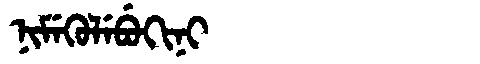
Manchu: ᠨᡳᠮᡝᡴᡠᠯᡝᠪᡠᡴᡳᠨᡳ
Romanization: NIMEKULEBUKINI